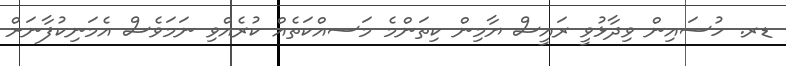
ޑރ. ހުސައިން ވިދާޅުވީ ރައީސް ޔާމިން ކިތަންމެ މަސއްކަތެއް ކުރެއްވި ނަމަވެސް އެމަނިކުފާނަށް